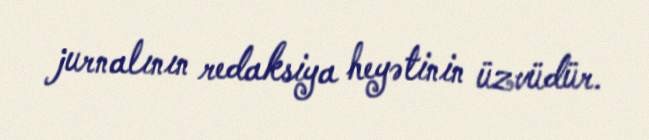
jurnalının redaksiya heyətinin üzvüdür.